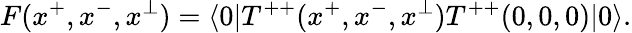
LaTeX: F(x^{+},x^{-},x^{\perp})=\langle 0|T^{++}(x^{+},x^{-},x^{\perp})T^{++}(0,0,0)|0\rangle.